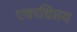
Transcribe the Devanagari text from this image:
एकाधिप्तय